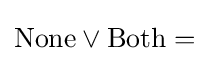
{\text{None}}\lor {\text{Both}}=